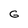
Character: G